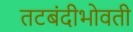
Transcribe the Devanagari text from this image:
तटबंदीभोवती